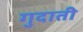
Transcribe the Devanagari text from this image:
गुदाती